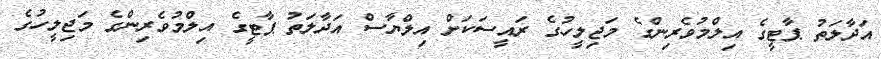
އަދާލަތު ޕާޓީގެ އިލްމުވެރިންގެ މަޖިލީހުގެ ރައީސަކަށް އިލްޔާސް އަދާލަތު ޕާޓީގެ އިލްމުވެރިިންގެ މަޖިލީހުގެ